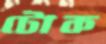
টোক